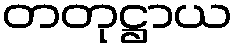
တတုဋ္ဌာယ